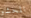
المحشو